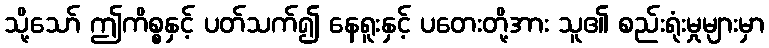
သို့သော် ဤကိစ္စနှင့် ပတ်သက်၍ နေရူးနှင့် ပတေးတို့အား သူ၏ စည်းရုံးမှုများမှာ